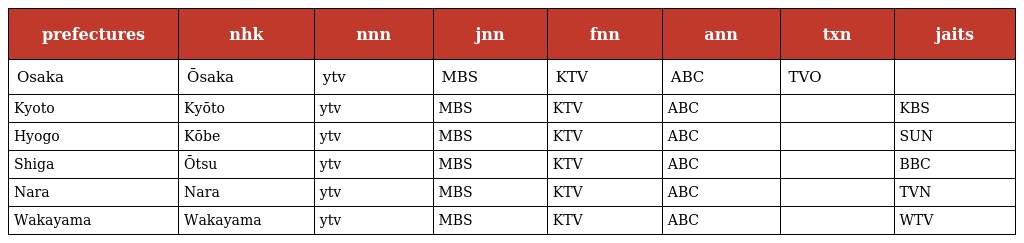
| prefectures | nhk | nnn | jnn | fnn | ann | txn | jaits |
 | --- | --- | --- | --- | --- | --- | --- | --- |
 | Osaka | Ōsaka | ytv | MBS | KTV | ABC | TVO |  |
 | Kyoto | Kyōto | ytv | MBS | KTV | ABC |  | KBS |
 | Hyogo | Kōbe | ytv | MBS | KTV | ABC |  | SUN |
 | Shiga | Ōtsu | ytv | MBS | KTV | ABC |  | BBC |
 | Nara | Nara | ytv | MBS | KTV | ABC |  | TVN |
 | Wakayama | Wakayama | ytv | MBS | KTV | ABC |  | WTV |